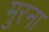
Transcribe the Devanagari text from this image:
मुरना